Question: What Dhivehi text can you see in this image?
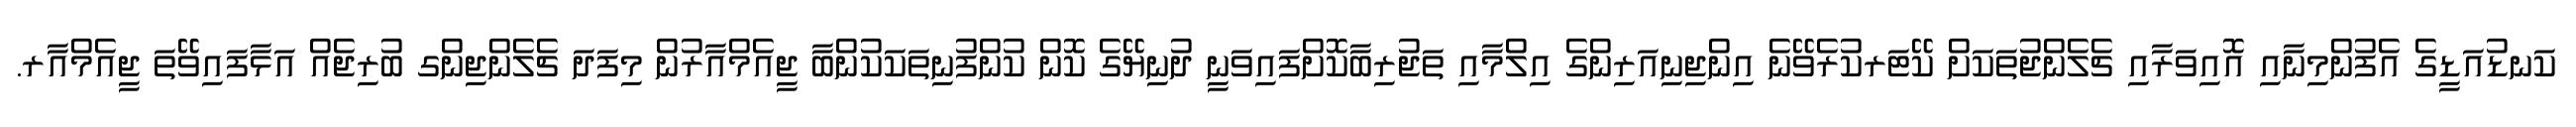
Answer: ކަނޑުއަޑީގެ އެފުންމިނާއި އޮއިވަރާއި ޗެލެންޖުތަކަށް ކޭޓަރކުރެވޭނެ އިންޖިނިއަރިންގެ އިލްމާއި ތަޖުރިބާކޮށްފައިވަނީ ދުނިޔޭގެ ކޮން ކުންފުނިތަކަކުންބާ ޖީއެމްއާރުން މިފަދަ ޗެލެންޖިންގ ބުރިޖެއް އަޅާފައިވޭތަ ޖީއެމްއާރ.